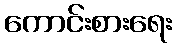
ကောင်းစားရေး